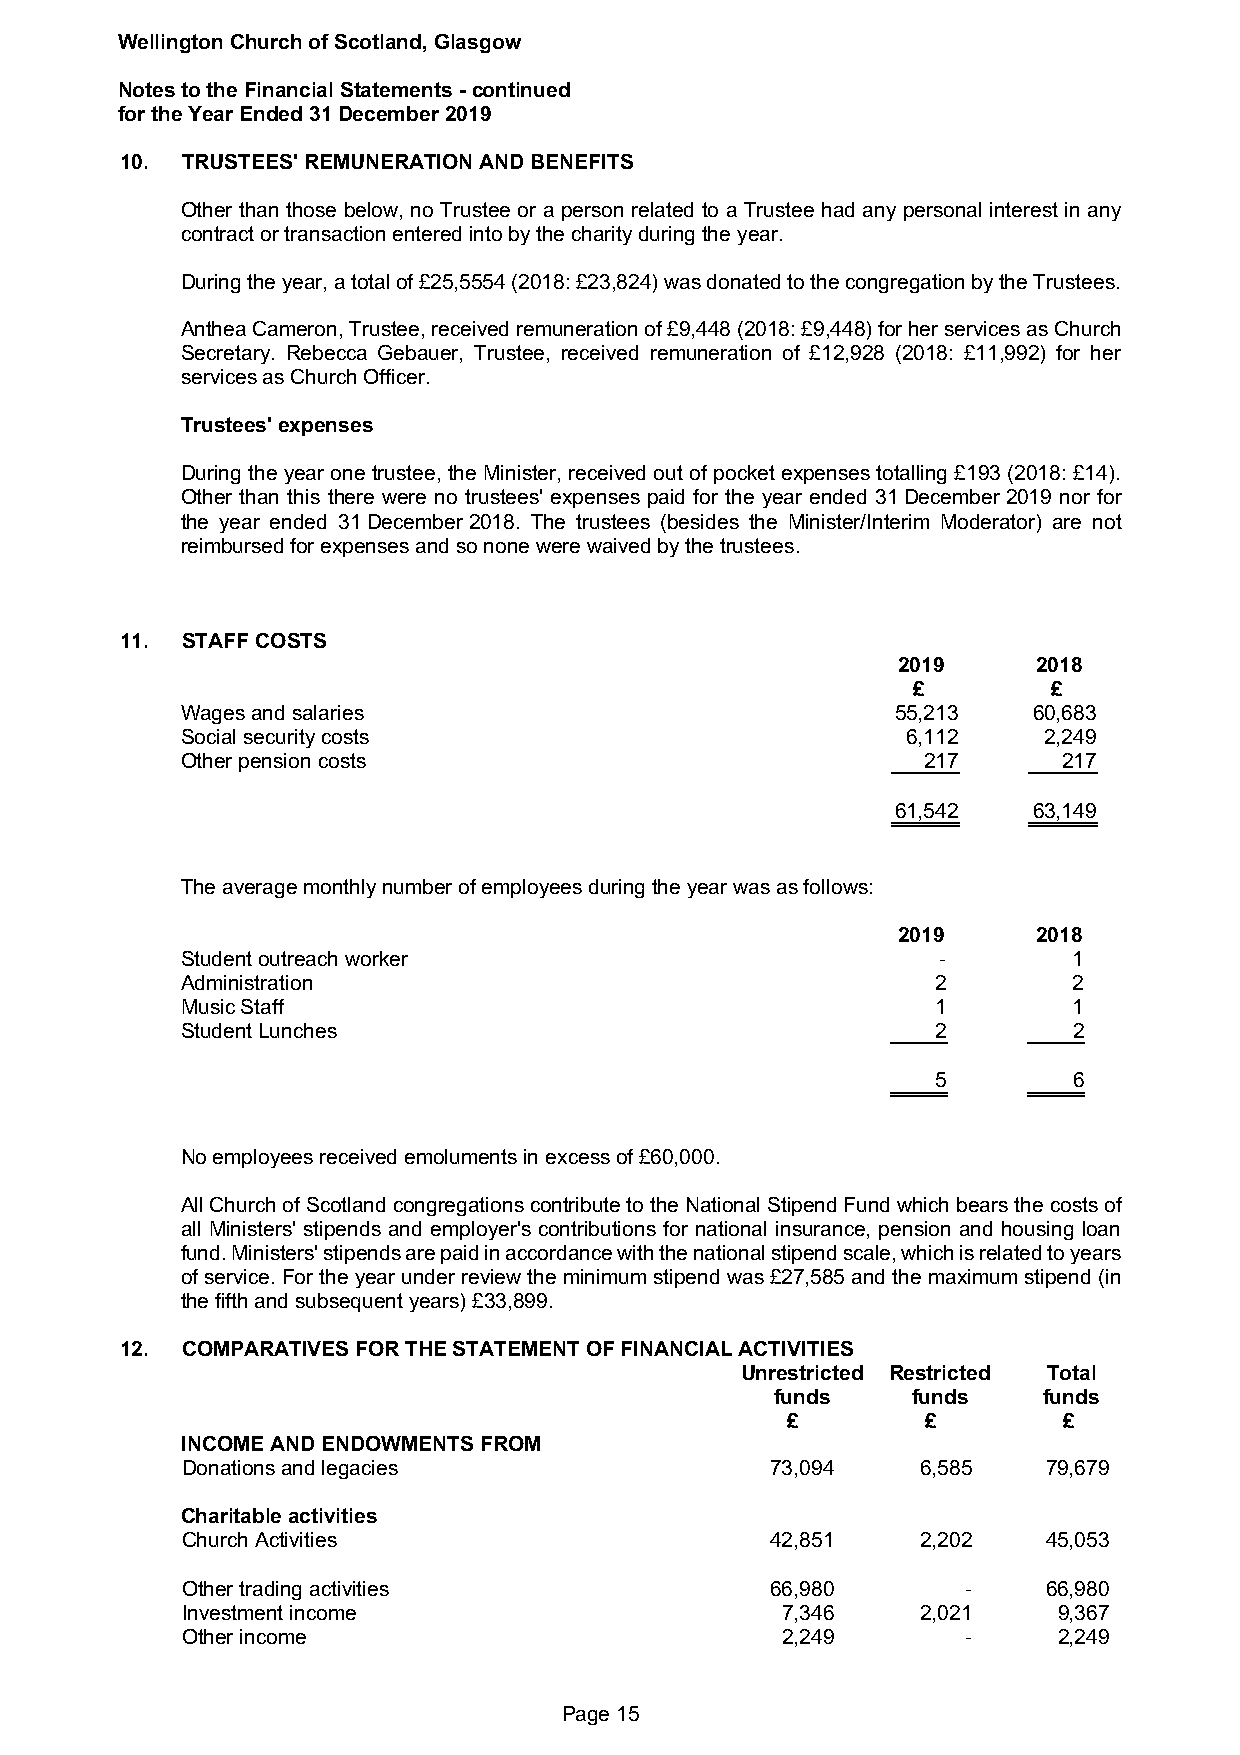
Wellington Church of Scotland, Glasgow
 Notes to the Financial Statements - continued
 for the Year Ended 31 December 2019
 10. TRUSTEES' REMUNERATION AND BENEFITS
 Other than those below, no Trustee or a person related to a Trustee had any personal interest in any
 contract or transaction entered into by the charity during the year.
 During the year, a total of £25,5554 (2018: £23,824) was donated to the congregation by the Trustees.
 Anthea Cameron, Trustee, received remuneration of £9,448 (2018: £9,448) for her services as Church
 Secretary. Rebecca Gebauer, Trustee, received remuneration of £12,928 (2018: £11,992) for her
 services as Church Officer.
 Trustees' expenses
 During the year one trustee, the Minister, received out of pocket expenses totalling £193 (2018: £14).
 Other than this there were no trustees' expenses paid for the year ended 31 December 2019 nor for
 the year ended 31 December 2018. The trustees (besides the Minister/Interim Moderator) are not
 reimbursed for expenses and so none were waived by the trustees.
 11. STAFF COSTS
 2019      2018
 £         £
 Wages and salaries                             55,213   60,683
 Social security costs                           6,112    2,249
 Other pension costs                              217      217
 61,542   63,149
 The average monthly number of employees during the year was as follows:
 2019      2018
 Student outreach worker                           -        1
 Administration                                    2        2
 Music Staff                                       1        1
 Student Lunches                                   2        2
 5        6
 No employees received emoluments in excess of £60,000.
 All Church of Scotland congregations contribute to the National Stipend Fund which bears the costs of
 all Ministers' stipends and employer's contributions for national insurance, pension and housing loan
 fund. Ministers' stipends are paid in accordance with the national stipend scale, which is related to years
 of service. For the year under review the minimum stipend was £27,585 and the maximum stipend (in
 the fifth and subsequent years) £33,899.
 12. COMPARATIVES FOR THE STATEMENT OF FINANCIAL ACTIVITIES
 Unrestricted Restricted Total
 funds    funds    funds
 £        £        £
 INCOME AND ENDOWMENTS FROM
 Donations and legacies                 73,094    6,585   79,679
 Charitable activities
 Church Activities                      42,851    2,202   45,053
 Other trading activities               66,980       -    66,980
 Investment income                       7,346    2,021    9,367
 Other income                            2,249       -     2,249
 Page 15